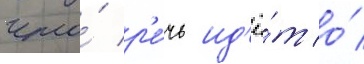
что́ р'е́чь ид'ё́т о́